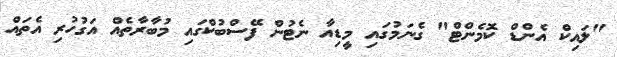
"ލައިކް އެންޑް ކޮމެންޓް" ގެނަމުގައި މީޑިއާ ނެޓުން ފޭސްބުކްގައި މުބާރާތެއް އަގުހުރި އެތައް